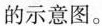
的示意图。